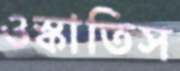
ওস্‌কাতিস